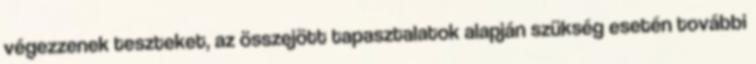
végezzenek teszteket, az összejött tapasztalatok alapján szükség esetén további